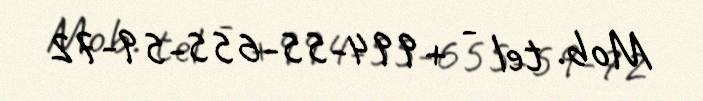
Mob. tel - +994-55-655-59-72